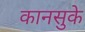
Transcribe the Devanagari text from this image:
कानसुके